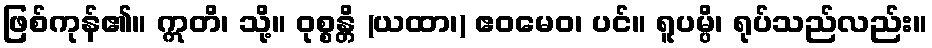
ဖြစ်ကုန်၏။ ဣတိ၊ သို့။ ဝုစ္စန္တိ (ယထာ၊) ဧဝမေဝ၊ ပင်။ ရူပမ္ပိ၊ ရုပ်သည်လည်း။